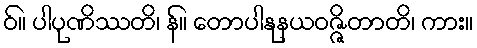
ဝ်။ ပါပုဏိဿတိ၊ န်။ တောပါနုနယဝဇ္ဇိတာတိ၊ ကား။